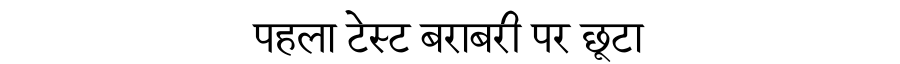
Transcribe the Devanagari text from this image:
पहला टेस्ट बराबरी पर छूटा